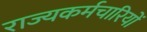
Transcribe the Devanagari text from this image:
राज्यकर्मचारियों